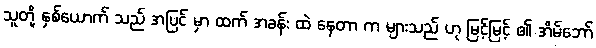
သူတို့ နှစ်ယောက် သည် အပြင် မှာ ထက် အခန်း ထဲ နေတာ က များသည် ဟု မြင့်မြင့် ၏ အိမ်ဘော်